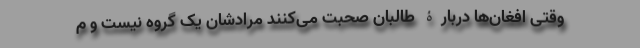
وقتی افغان‌ها دربارۀ طالبان صحبت می‌کنند مرادشان یک گروه نیست و م